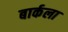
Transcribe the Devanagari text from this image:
बार्कला